Indian journal of veterinary science and animal husbandry - Volume 3,
Year: 1933
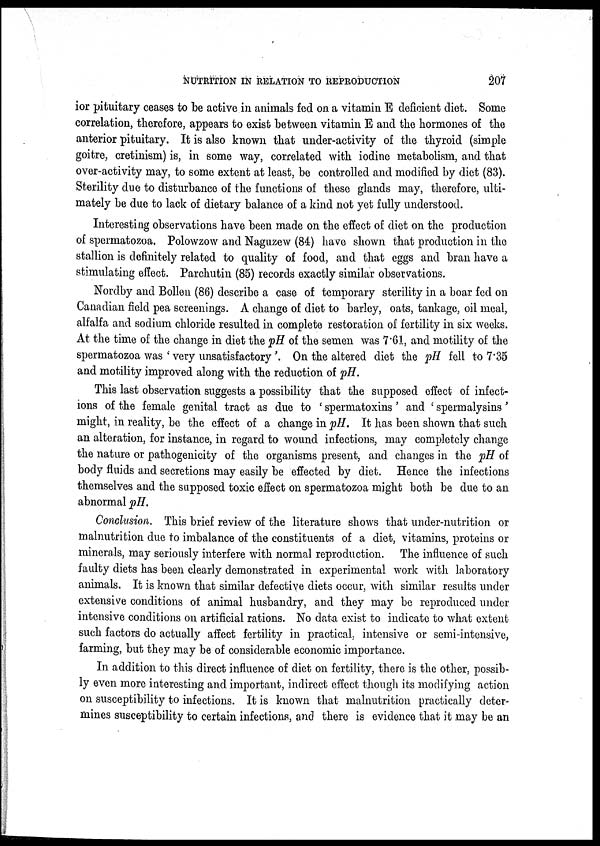
NUTRITION IN RELATION TO REPRODUCTION
207
ior pituitary ceases to be active in animals fed on a vitamin E deficient diet. Some
correlation, therefore, appears to exist between vitamin E and the hormones of the
anterior pituitary. It is also known that under-activity of the thyroid (simple
goitre, cretinism) is, in some way, correlated with iodine metabolism, and that
over-activity may, to some extent at least, be controlled and modified by diet (83).
Sterility due to disturbance of the functions of these glands may, therefore, ulti-
mately be due to lack of dietary balance of a kind not yet fully understood.
Interesting observations have been made on the effect of diet on the production
of spermatozoa. Polowzow and Naguzew (84) have shown that production in the
stallion is definitely related to quality of food, and that eggs and bran have a
stimulating effect. Parchutin (85) records exactly similar observations.
Nordby and Bollen (86) describe a case of temporary sterility in a boar fed on
Canadian field pea screenings. A change of diet to barley, oats, tankage, oil meal,
alfalfa and sodium chloride resulted in complete restoration of fertility in six weeks.
At the time of the change in diet the pH of the semen was 7.61, and motility of the
spermatozoa was ' very unsatisfactory '. On the altered diet the pH fell to 7.35
and motility improved along with the reduction of pH.
This last observation suggests a possibility that the supposed effect of infect-
ions of the female genital tract as due to ' spermatoxins' and ' spermalysins'
might, in reality, be the effect of a change in pH. It has been shown that such
an alteration, for instance, in regard to wound infections, may completely change
the nature or pathogenicity of the organisms present, and changes in the pH of
body fluids and secretions may easily be effected by diet. Hence the infections
themselves and the supposed toxic effect on spermatozoa might both be due to an
abnormal pH.
Conclusion. This brief review of the literature shows that under-nutrition or
malnutrition due to imbalance of the constituents of a diet, vitamins, proteins or
minerals, may seriously interfere with normal reproduction. The influence of such
faulty diets has been clearly demonstrated in experimental work with laboratory
animals. It is known that similar defective diets occur, with similar results under
extensive conditions of animal husbandry, and they may be reproduced under
intensive conditions on artificial rations. No data exist to indicate to what extent
such factors do actually affect fertility in practical, intensive or semi-intensive,
farming, but they may be of considerable economic importance.
In addition to this direct influence of diet on fertility, there is the other, possib-
ly even more interesting and important, indirect effect though its modifying action
on susceptibility to infections. It is known that malnutrition practically deter-
mines susceptibility to certain infections, and there is evidence that it may be an